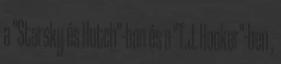
a "Starsky és Hutch"-ban és a "T.J. Hooker"-ben ,